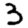
Digit: 3